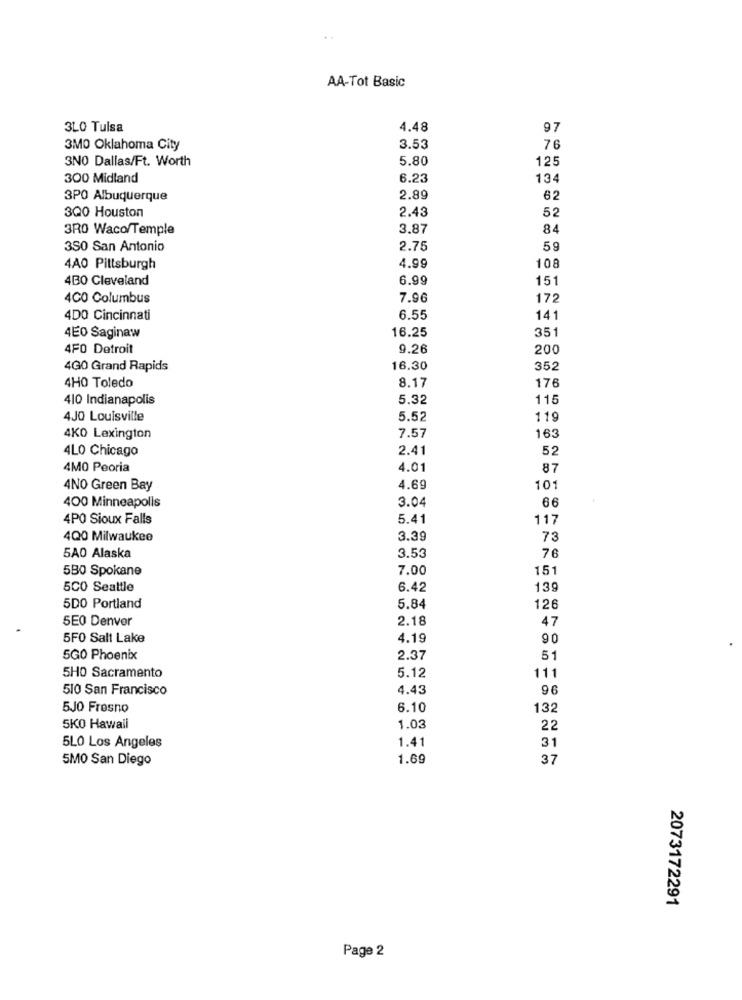
AA-Tot Basic
3LO Tulsa
4.48
97
3MO Oklahoma City
3.53
76
3NO Dallas/Ft. Worth
5.80
125
300 Midland
6.23
134
3PO Albuquerque
2.89
62
3Q0 Houston
2.43
52
3RO Waco/Temple
3.87
84
350 San Antonio
2.75
59
4AO Pittsburgh
4.99
108
4BO Cleveland
6.99
151
400 Columbus
7.96
172
4DO Cincinnati
6.55
141
351
4E0 Saginaw
16.25
4FO Detroit
9.26
200
4GO Grand Rapids
16.30
352
176
4HO Toledo
8.17
410 Indianapolis
5.32
115
4 JO Louisville
5.52
119
4KO Lexington
7.57
163
4LO Chicago
2.41
52
4MO Peoria
4.01
87
4NO Green Bay
4.69
101
400 Minneapolis
3.04
66
4PO Sioux Falls
5.41
117
4Q0 Milwaukee
3.39
73
76
5A0 Alaska
3.53
580 Spokane
7.00
151
5CO Seattle
6.42
139
5DO Portland
5.84
126
5E0 Denver
2.18
47
5F0 Salt Lake
4.19
90
5GO Phoenix
2.37
51
5.12
111
5HO Sacramento
510 San Francisco
4.43
96
5J0 Fresno
6.10
132
5KO Hawaii
1.03
22
31
5LO Los Angeles
1.41
5MO San Diego
1.69
37
2073172291
Page 2